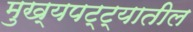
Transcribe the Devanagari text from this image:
मुख्यपट्ट्यातील